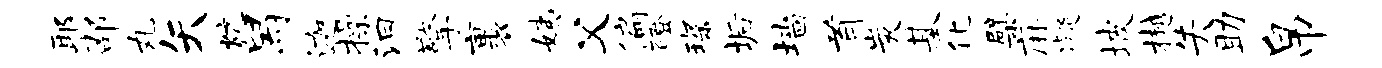
耶邵丸矢炕舄迦操汩擎裹姨父偏磴琛垢墙首炭基化檗麻凝坡樾失助帛